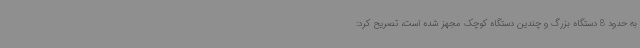
به حدود 8 دستگاه بزرگ و چندین دستگاه‌ کوچک مجهز شده است، تصریح کرد: